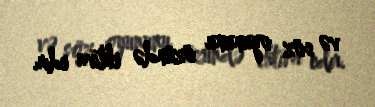
və söz oyununu özündə ehtiva edir.